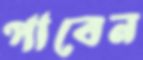
পাবেন